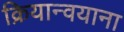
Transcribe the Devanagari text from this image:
क्रियान्वयाना